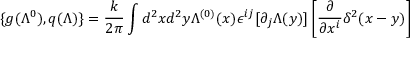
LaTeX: \{ g ( \Lambda ^ { 0 } ) , q ( \Lambda ) \} = \frac k { 2 \pi } \int d ^ { 2 } x d ^ { 2 } y \Lambda ^ { ( 0 ) } ( x ) \epsilon ^ { i j } [ \partial _ { j } \Lambda ( y ) ] \left[ \frac \partial { \partial x ^ { i } } \delta ^ { 2 } ( x - y ) \right]